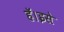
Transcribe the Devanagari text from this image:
हॅ।इसे